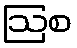
ဩစ